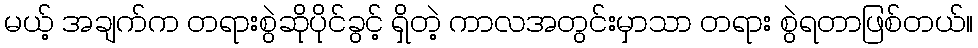
မယ့် အချက်က တရားစွဲဆိုပိုင်ခွင့် ရှိတဲ့ ကာလအတွင်းမှာသာ တရား စွဲရတာဖြစ်တယ်။